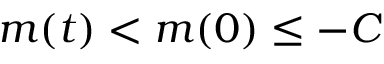
m ( t ) < m ( 0 ) \leq - C